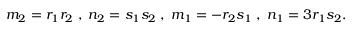
m _ { 2 } = r _ { 1 } r _ { 2 } \; , \; n _ { 2 } = s _ { 1 } s _ { 2 } \; , \; m _ { 1 } = - r _ { 2 } s _ { 1 } \; , \; n _ { 1 } = 3 r _ { 1 } s _ { 2 } .